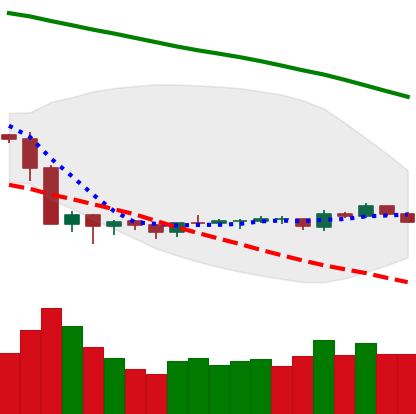
Ticker: LTC-USD
Chart end date: 2019-10-11
Forward return: -5.993%
Label: down_5_7